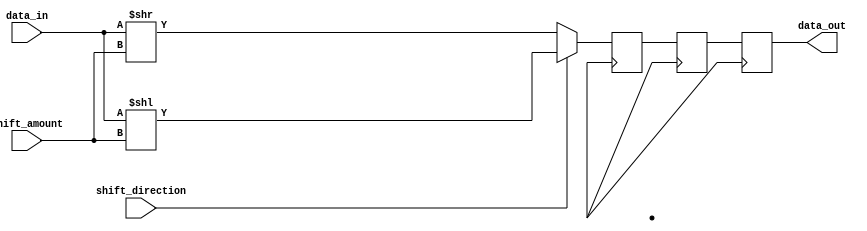
module barrel_shifter (
    input [7:0] data_in,
    input [2:0] shift_amount,
    input shift_direction,
    output reg [7:0] data_out
);

// Define 4 stages in the pipeline
reg [7:0] stage0, stage1, stage2, stage3;

// Input register
always @(*) begin
    stage0 = data_in;
end

// Pipeline stages for shifting data left
always @(posedge clk) begin
    if (shift_direction) begin
        stage1 <= stage0 << shift_amount;
        stage2 <= stage1;
        stage3 <= stage2;
    end 
    else begin
        stage1 <= stage0 >> shift_amount;
        stage2 <= stage1;
        stage3 <= stage2;
    end
end

// Output register
always @(*) begin
    data_out = stage3;
end

endmodule